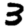
Digit: 3